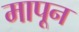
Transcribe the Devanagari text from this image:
मापून